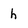
Character: h